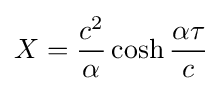
X={\frac {c^{2}}{\alpha }}\cosh {\frac {\alpha \tau }{c}}